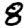
Digit: 8